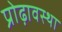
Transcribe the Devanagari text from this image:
प्रोढ़ावस्था